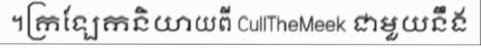
។ក្រឡែកនិយាយពី CullTheMeek ជាមួយនឹង